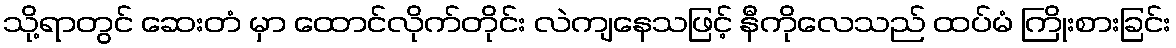
သို့ရာတွင် ဆေးတံ မှာ ထောင်လိုက်တိုင်း လဲကျနေသဖြင့် နီကိုလေသည် ထပ်မံ ကြိုးစားခြင်း